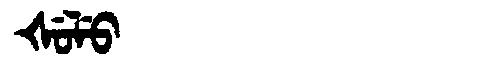
Manchu: ᡧᡠᠯᡠ
Romanization: ŠULU